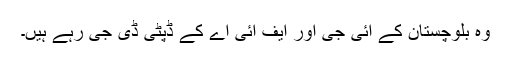
وہ بلوچستان کے آئی جی اور ایف آئی اے کے ڈپٹی ڈی جی رہے ہیں۔